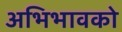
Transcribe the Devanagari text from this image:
अभिभावको